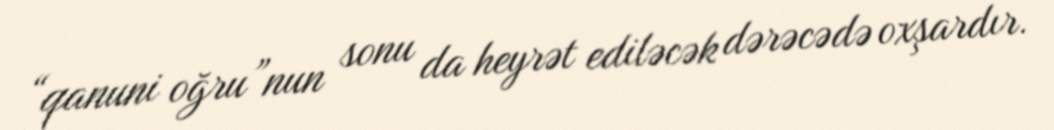
“qanuni oğru”nun sonu da heyrət ediləcək dərəcədə oxşardır.